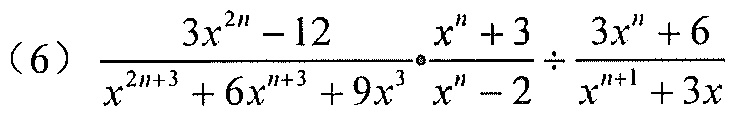
\((6)\ \frac{3x^{2n}-12}{x^{2n + 3}+6x^{n + 3}+9x^{3}}\cdot\frac{x^{n}+3}{x^{n}-2}\div\frac{3x^{n}+6}{x^{n + 1}+3x}\)